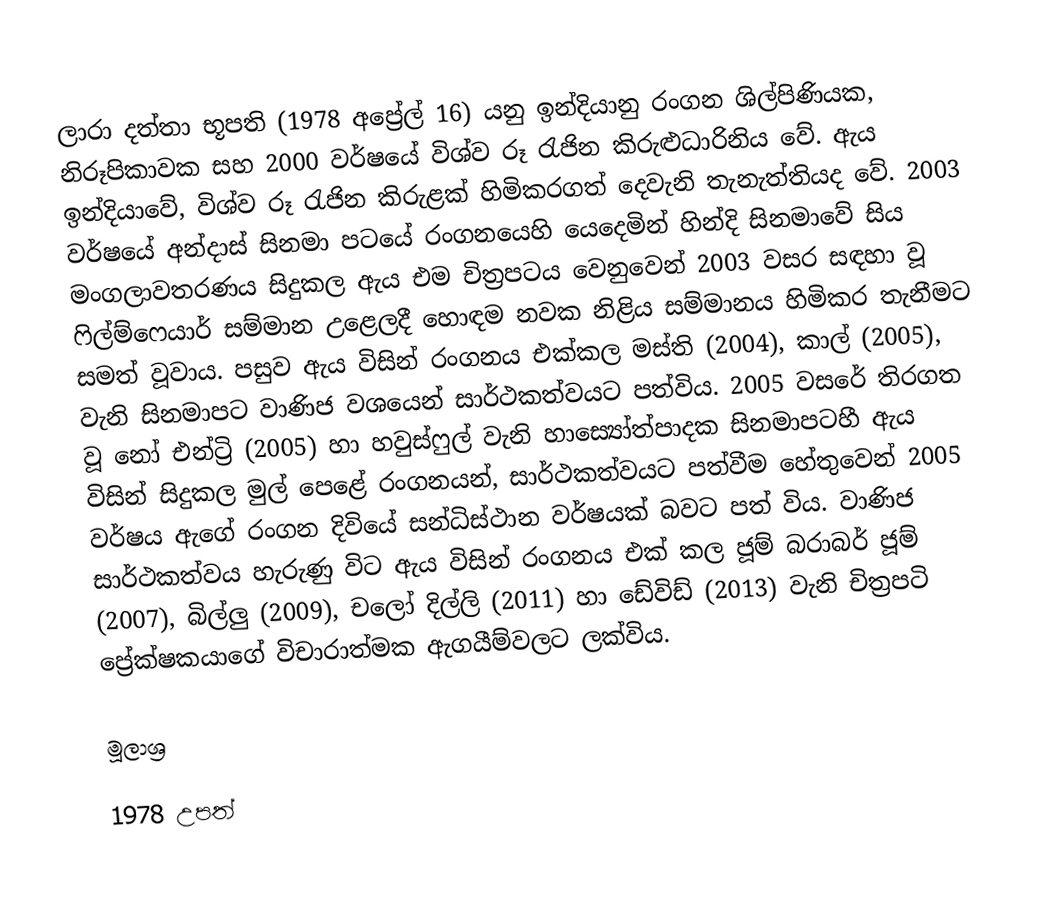
ලාරා දත්තා භූපති (1978 අප්‍රේල් 16) යනු ඉන්දියානු රංගන ශිල්පිණියක, නිරූපිකාවක සහ 2000 වර්ෂයේ විශ්ව රූ රැජින කිරුළුධාරිනිය වේ. ඇය ඉන්දියාවේ, විශ්ව රූ රැජින කිරුළක් හිමිකරගත් දෙවැනි තැනැත්තියද වේ. 2003 වර්ෂයේ අන්දාස් සිනමා පටයේ රංගනයෙහි යෙදෙමින් හින්දි සිනමාවේ සිය මංගලාවතරණය සිදුකල ඇය එම චිත්‍රපටය වෙනුවෙන් 2003 වසර සඳහා වූ ෆිල්ම්ෆෙයාර් සම්මාන උළෙලදී හොඳම නවක නිළිය සම්මානය හිමිකර තැනීමට සමත් වූවාය. පසුව ඇය විසින් රංගනය එක්කල මස්ති (2004), කාල් (2005), වැනි සිනමාපට වාණිජ වශයෙන් සාර්ථකත්වයට පත්විය. 2005 වසරේ තිරගත වූ නෝ එන්ට්‍රි (2005) හා හවුස්ෆුල් වැනි හාස්‍යෝත්පාදක සිනමාපටහී ඇය විසින් සිදුකල මුල් පෙළේ රංගනයන්, සාර්ථකත්වයට පත්වීම හේතුවෙන් 2005 වර්ෂය ඇගේ රංගන දිවියේ සන්ධිස්ථාන වර්ෂයක් බවට පත් විය. වාණිජ සාර්ථකත්වය හැරුණු විට ඇය විසින් රංගනය එක් කල ජූම් බරාබර් ජූම් (2007), බිල්ලු (2009), චලෝ දිල්ලි (2011) හා ඩේවිඩ් (2013) වැනි චිත්‍රපටි ප්‍රේක්ෂකයාගේ විචාරාත්මක ඇගයීම්වලට ලක්විය.

මූලාශ්‍ර

1978 උපත්